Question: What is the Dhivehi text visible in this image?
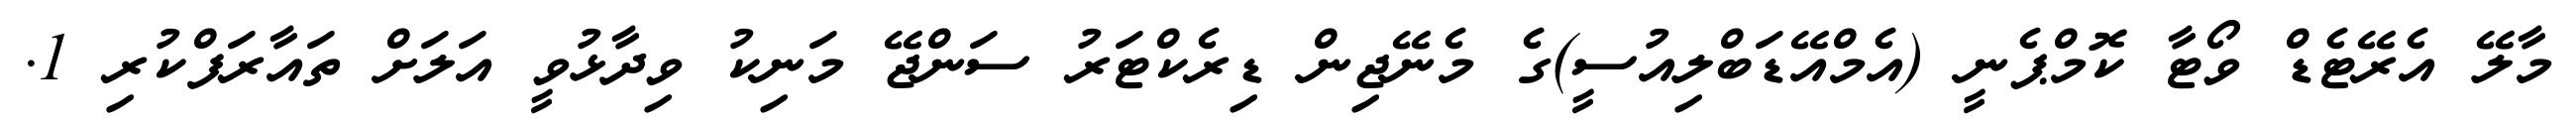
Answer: މާލޭ އެރޭޓެޑް ވޯޓާ ކޮމްޕެނީ (އެމްއޭޑަބްލިއުސީ)ގެ މެނޭޖިން ޑިރެކްޓަރު ސަންޖޭ މަނިކު ވިދާޅުވީ އަލަށް ތައާރަފްކުރި 1.